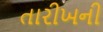
તારીખની